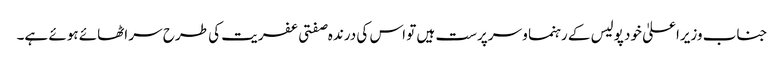
جناب وزیراعلیٰ خود پولیس کے رہنما و سرپرست ہیں تو اس کی درندہ صفتی عفریت کی طرح سر اٹھائے ہوئے ہے۔